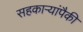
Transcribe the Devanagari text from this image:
सहकाऱ्यांपैकी